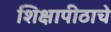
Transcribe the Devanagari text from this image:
शिक्षापीठाचे